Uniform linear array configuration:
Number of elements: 24
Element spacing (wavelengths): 0.25
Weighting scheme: binomial
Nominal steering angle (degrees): -30
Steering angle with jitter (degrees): -31.289
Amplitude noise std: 0.05
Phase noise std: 0.05

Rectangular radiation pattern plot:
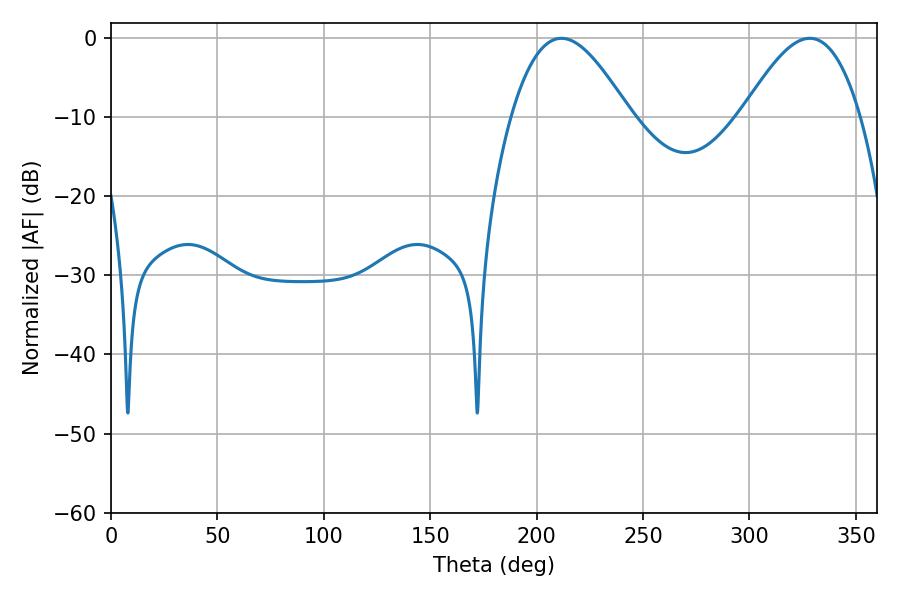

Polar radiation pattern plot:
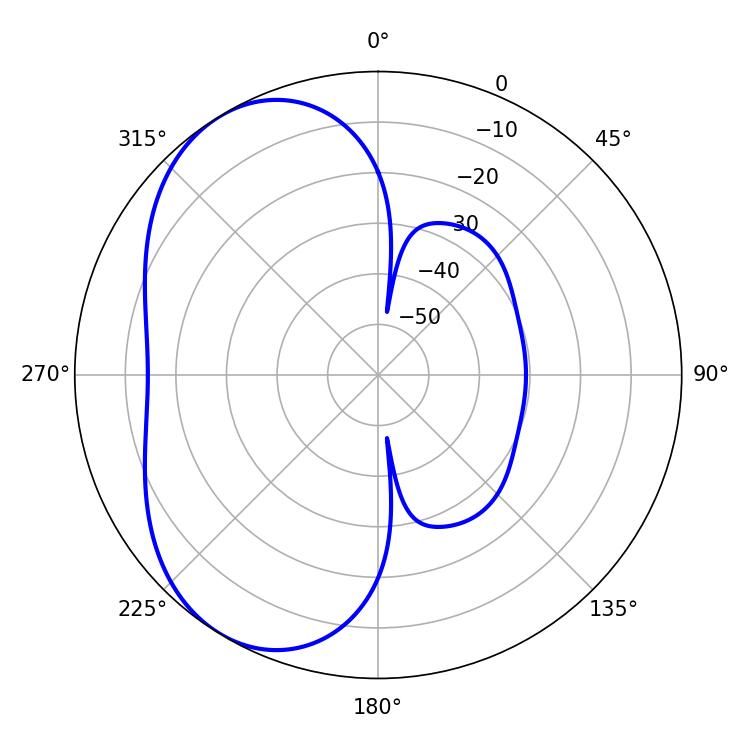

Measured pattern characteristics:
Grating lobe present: FALSE
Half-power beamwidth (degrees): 30.06
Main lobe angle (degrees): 211.68